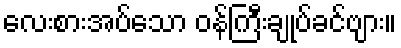
လေးစားအပ်သော ဝန်ကြီးချုပ်ခင်ဗျား။